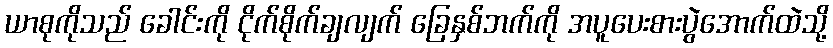
ယာစုကိုသည် ခေါင်းကို ငိုက်စိုက်ချလျက် ခြေနှစ်ဘက်ကို အပူပေးစားပွဲအောက်ထဲသို့